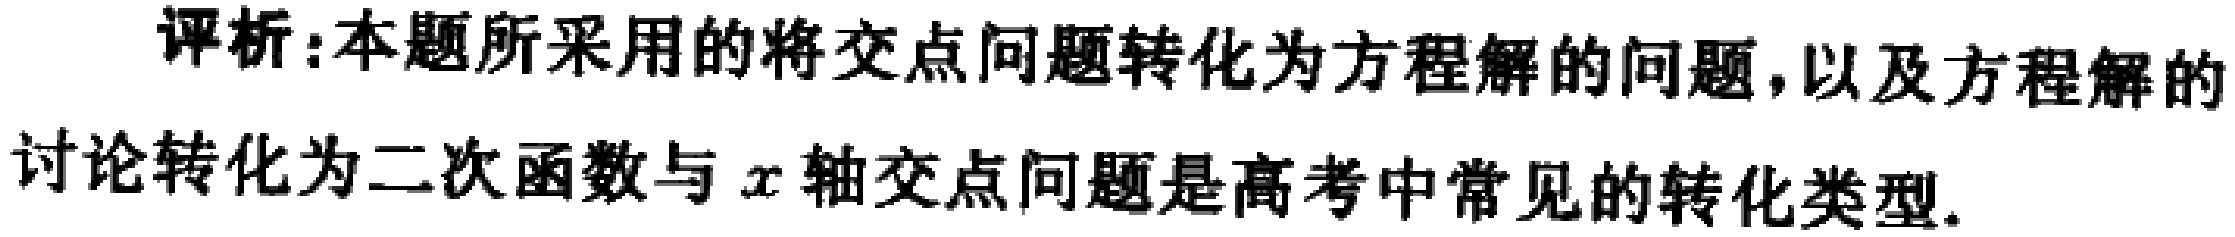
评析:本题所采用的将交点问题转化为方程解的问题,以及方程解的讨论转化为二次函数与\(x\)轴交点问题是高考中常见的转化类型.